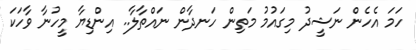
ހަމަ އެހެން ނަޝީދު މިގައުމު މަތިން ހަނދާން ނައްތާލާ.. އިންޑިޔާ މީހުނާ ވާހަކަ